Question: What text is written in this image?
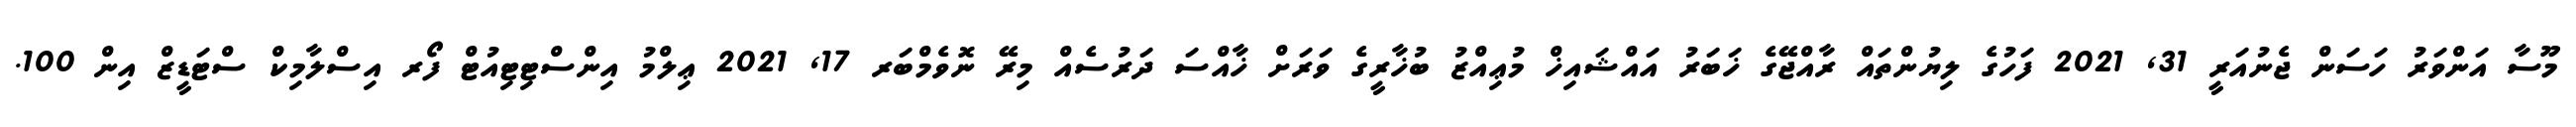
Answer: މޫސާ އަންވަރު ހަސަން ޖެނުއަރީ 31, 2021 ފަހުގެ ލިޔުންތައް ރާއްޖޭގެ ޚަބަރު އައްޝައިޚް މުޢިއްޒު ބުޚާރީގެ ވަރަށް ޚާއްސަ ދަރުސެއް މިރޭ ނޮވެމްބަރ 17, 2021 ޢިލްމު އިންސްޓިޓިއުޓް ފޯރ އިސްލާމިކް ސްޓަޑީޒް އިން 100.